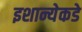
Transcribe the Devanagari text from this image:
इशान्येकडे